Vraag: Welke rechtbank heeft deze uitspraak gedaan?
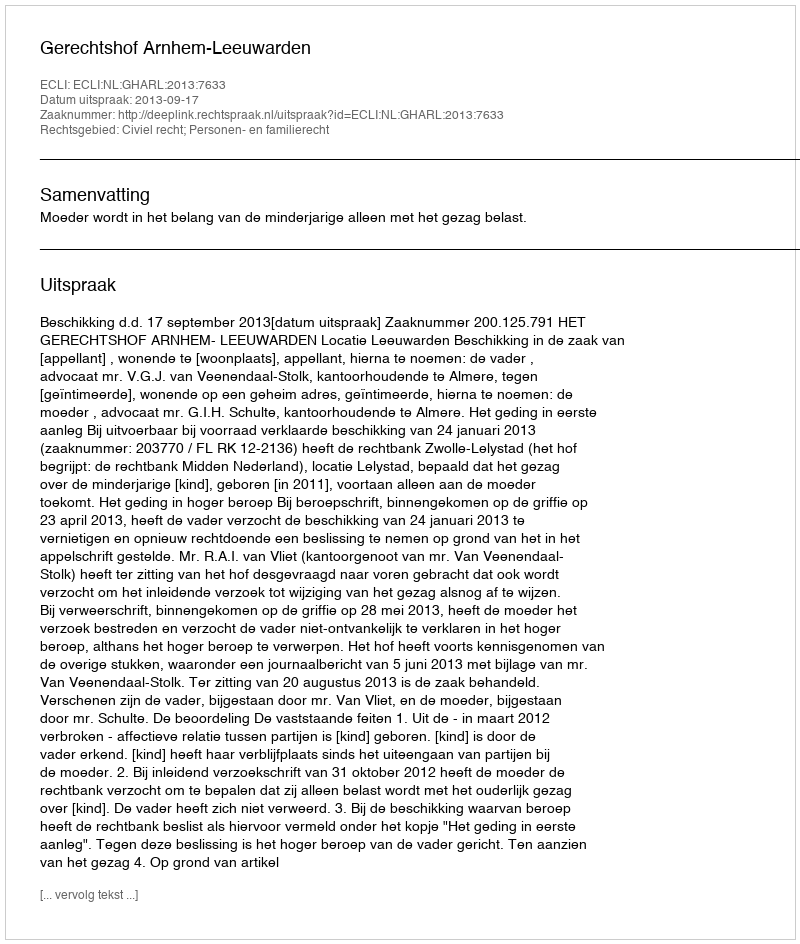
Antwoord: Gerechtshof Arnhem-Leeuwarden